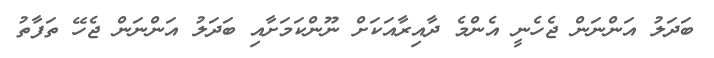
ބަދަލު އަންނަން ޖެހެނީ އެންމެ ދާއިރާއަކަށް ނޫންކަމަށާއި ބަދަލު އަންނަން ޖެހޭ ތަފާތު